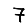
Digit: 7